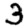
Digit: 3